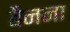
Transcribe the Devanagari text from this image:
बैनना